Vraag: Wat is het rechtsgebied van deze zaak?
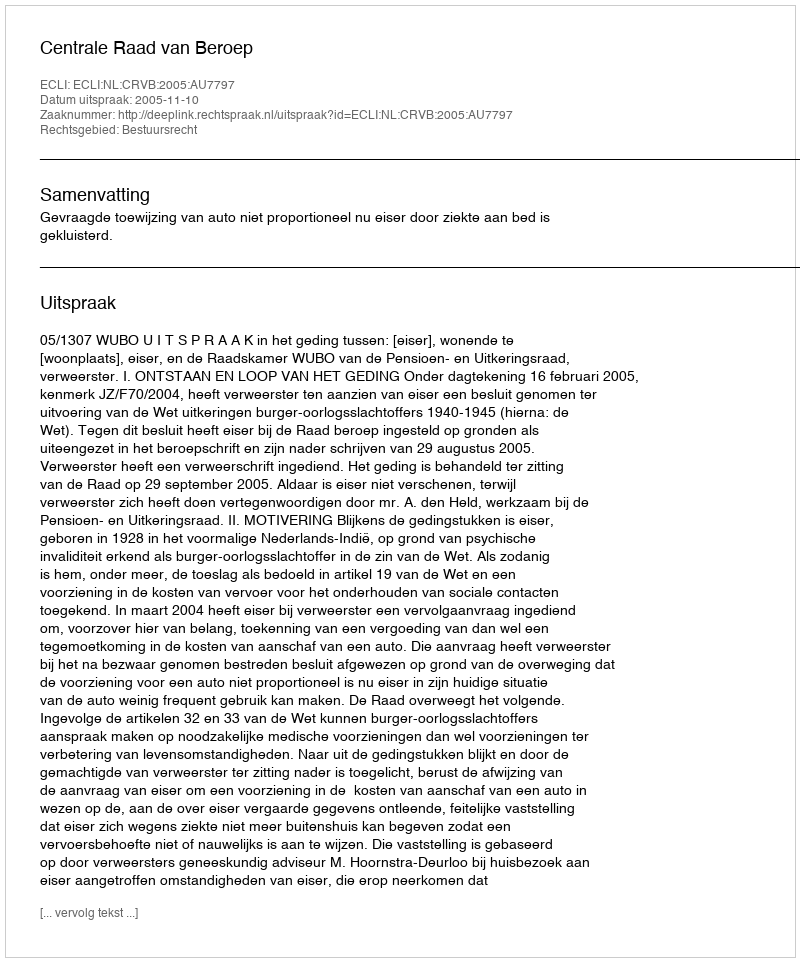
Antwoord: Bestuursrecht